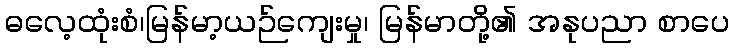
ဓလေ့ထုံးစံ၊မြန်မာ့ယဉ်ကျေးမှု၊ မြန်မာတို့၏ အနုပညာ စာပေ